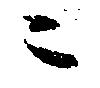
ニ